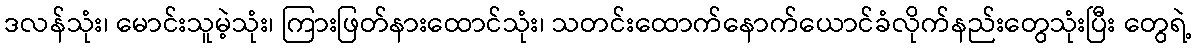
ဒလန်သုံး၊ မောင်းသူမဲ့သုံး၊ ကြားဖြတ်နားထောင်သုံး၊ သတင်းထောက်နောက်ယောင်ခံလိုက်နည်းတွေသုံးပြီး တွေရဲ့